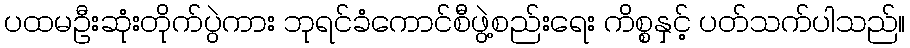
ပထမဦးဆုံးတိုက်ပွဲကား ဘုရင်ခံကောင်စီဖွဲ့စည်းရေး ကိစ္စနှင့် ပတ်သက်ပါသည်။